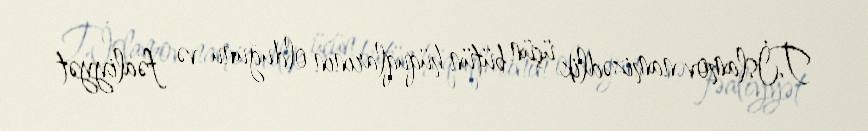
T.İslamov namizədlik üçün bütün hüquqlarının olduğunu və fəaliyyət